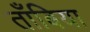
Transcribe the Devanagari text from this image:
ताँबिया